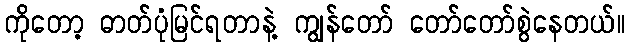
ကိုတော့ ဓာတ်ပုံမြင်ရတာနဲ့ ကျွန်တော် တော်တော်စွဲနေတယ်။